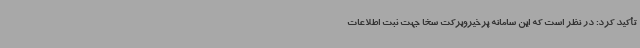
تأکید کرد: در نظر است که این سامانه پرخیروبرکت سخا جهت ثبت اطلاعات